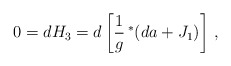
\begin{align*}0 = d H_3 = d \left [\frac{1}{g} \, \rule{0pt}{8pt}^*(d a + J_1) \right] \, ,\end{align*}